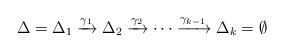
LaTeX: \begin{align*}\Delta=\Delta_1\xrightarrow{\gamma_1} \Delta_2 \xrightarrow{\gamma_2} \cdots \xrightarrow{\gamma_{k-1}} \Delta_k=\emptyset\end{align*}